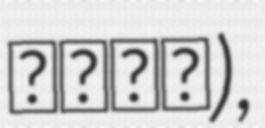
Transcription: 禪院鐘聲),